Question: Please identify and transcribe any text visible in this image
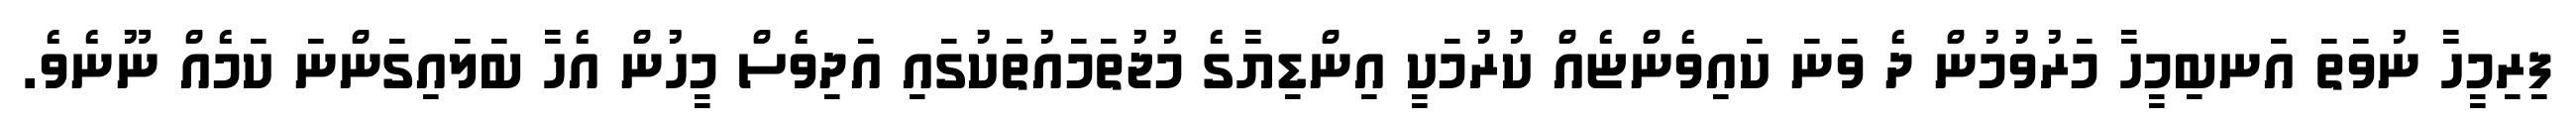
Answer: ފިރިމީހާ ނުވަތަ އަނބިމީހާ މަރުވުމުން ދެ ވަނަ ކައިވެންޏެއް ކުރުމަކީ އިންޑިޔާގެ މުޖުތަމައުތަކުގައި އަދިވެސް މީހުން އެހާ ބަލައިގަންނަ ކަމެއް ނޫނެވެ.